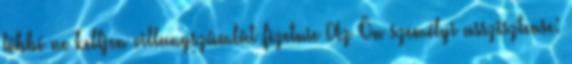
többé ne kelljen villanyszámlát fizetnie Az Ön személyi asszisztense: